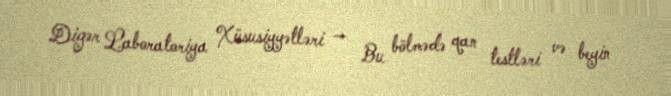
Digər Laboratoriya Xüsusiyyətləri — Bu bölmədə qan testləri və beyin